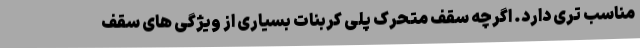
مناسب تری دارد. اگرچه سقف متحرک پلی کربنات بسیاری از ویژگی های سقف